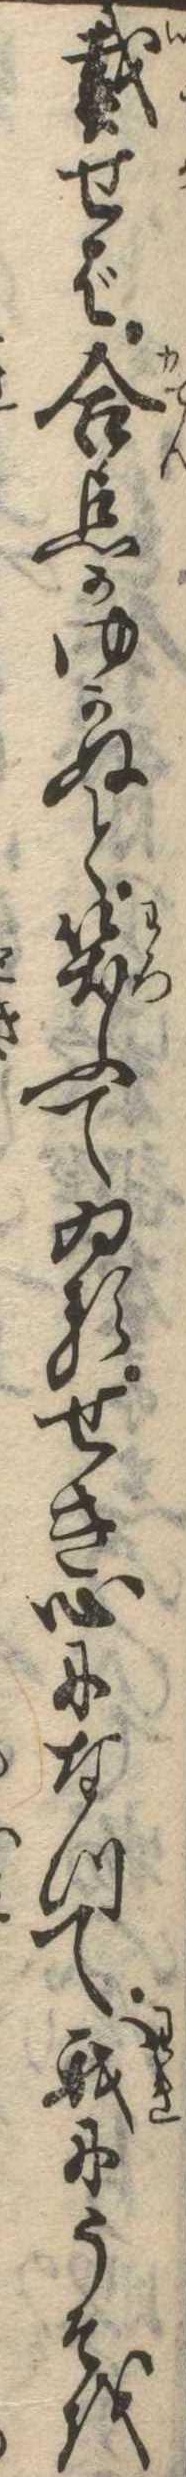
戴せば合点がゆかぬと笑ふてゐるせき心になつて我にうそを